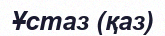
Ұстаз (қаз)